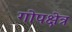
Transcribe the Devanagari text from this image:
गोपक्षेत्र